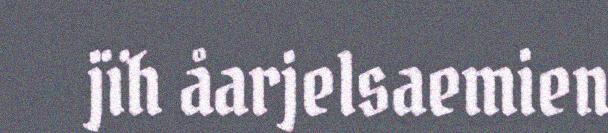
jïh åarjelsaemien